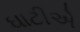
ઘાટીએ